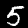
Digit: 5